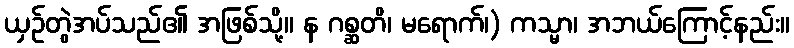
ယှဉ်တွဲအပ်သည်၏ အဖြစ်သို့။ န ဂစ္ဆတိ၊ မရောက်၊) ကသ္မာ၊ အဘယ်ကြောင့်နည်း။